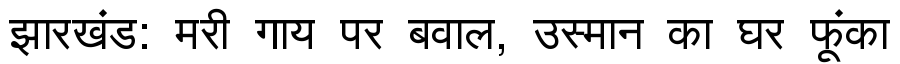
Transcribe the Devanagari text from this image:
झारखंड: मरी गाय पर बवाल, उस्मान का घर फूंका